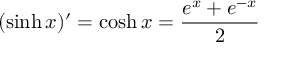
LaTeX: ( \sinh x ) ^ { \prime } = \cosh x = { \frac { e ^ { x } + e ^ { - x } } { 2 } }